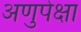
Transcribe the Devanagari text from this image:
अणुपेक्षा